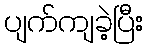
ပျက်ကျခဲ့ပြီး